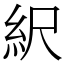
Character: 䋇